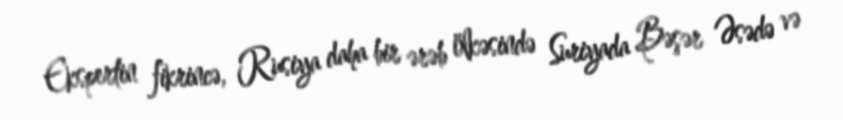
Ekspertin fikrincə, Rusiya daha bir ərəb ölkəsində Suriyada Bəşər Əsədə və